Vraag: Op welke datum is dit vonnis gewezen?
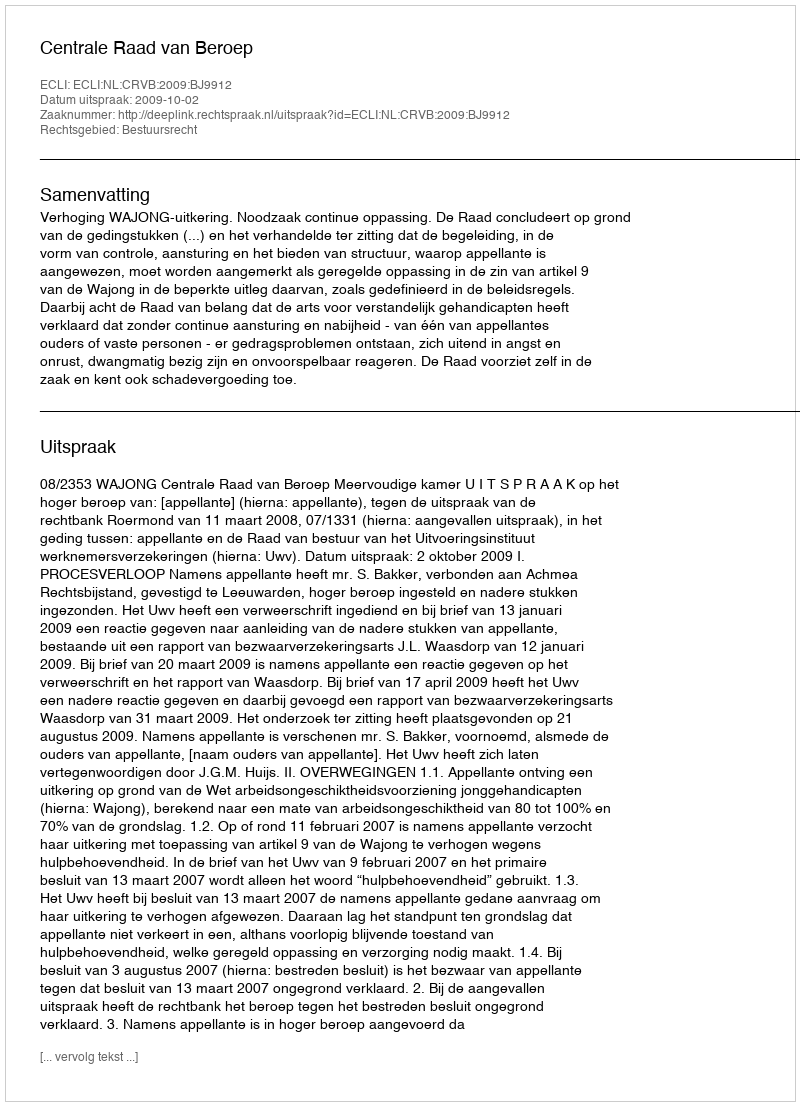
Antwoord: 2009-10-02